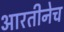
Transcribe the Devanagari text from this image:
आरतीनेच